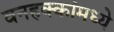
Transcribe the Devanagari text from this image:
वनहक्कांमध्ये